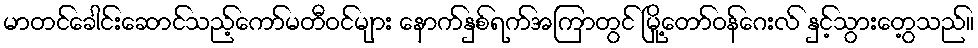
မာတင်ခေါင်းဆောင်သည့်ကော်မတီဝင်များ နောက်နှစ်ရက်အကြာတွင် မြို့တော်ဝန်ဂေးလ် နှင့်သွားတွေ့သည်။